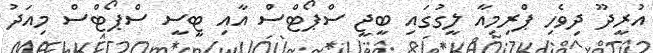
އުރީދޫ ދިވެހި ޕްރިމިއާ ލީގުގައި ބީޖީ ސްޕޯޓްސް އާއި ޓީސީ ސްޕޯޓްސް މިއަދު